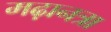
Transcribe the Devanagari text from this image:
मढ़ानत्रा